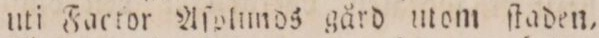
uti Factor Aſoltmds gård mom ſtaden,